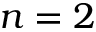
n = 2